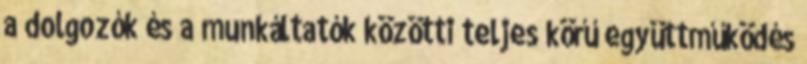
a dolgozók és a munkáltatók közötti teljes körű együttműködés